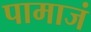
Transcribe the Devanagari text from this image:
पामाजं